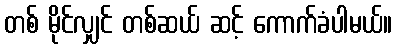
တစ် မိုင်လျှင် တစ်ဆယ် ဆင့် ကောက်ခံပါမယ်။